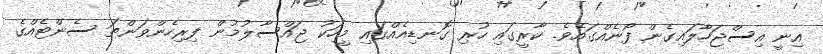
އިނީ އިސްޖަހާލައިގެން ފޯނެއްގައެވެ. ކާރީގައި ހުރި ގޮނޑިއެއްގައި މީހަކު ޖައްސާލުމުން ފިރިހެންވަންތަ ސެންޓެއްގެ